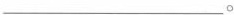
___。